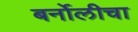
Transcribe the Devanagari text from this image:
बर्नोलीचा